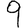
Digit: 9